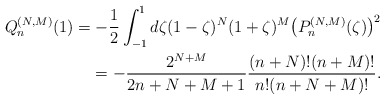
\begin{align*} Q_{n}^{(N,M) }(1) =-\frac{1}{2}\int_{-1}^{1}d\zeta (1-\zeta) ^{N}(1+\zeta) ^{M}\big( P_{n}^{( N,M) }(\zeta) \big) ^{2} \\\hphantom{Q_{n}^{(N,M) }(1)}{}=-\frac{2^{N+M}}{2n+N+M+1}\frac{(n+N) !(n+M) !}{ n!( n+N+M) !}. \end{align*}